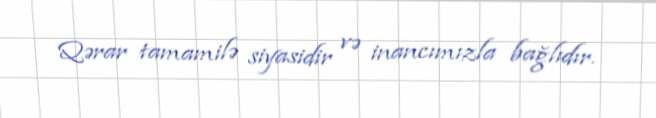
Qərar tamamilə siyasidir və inancımızla bağlıdır.